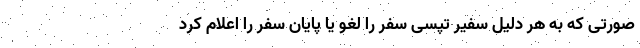
صورتی که به هر دلیل سفیر تپسی سفر را لغو یا پایان سفر را اعلام کرد